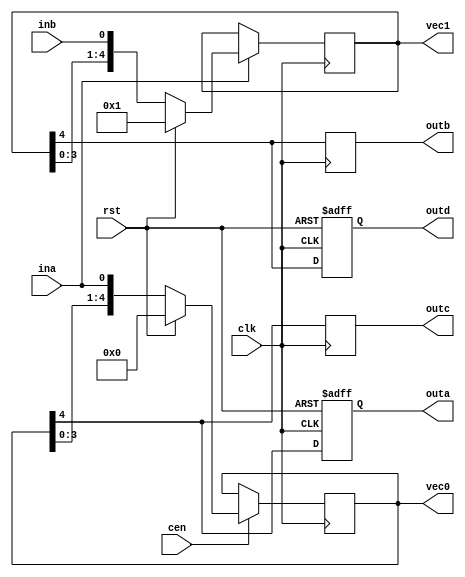
module top_774(input clk, cen, rst, ina, inb,
	   output reg outa, outb, outc, outd,
	   output [DEPTH-1:0] vec0,
	   output [DEPTH-1:0] vec1);
localparam DEPTH = 5;
reg [DEPTH-1:0] r_vec0 = 1'b0;
reg [DEPTH-1:0] r_vec1 = 1'b0;
initial outa = 1'b0;
initial outb = 1'b0;
initial outc = 1'b0;
initial outd = 1'b0;
always @(posedge clk)
    if (cen)
        if(rst)
            r_vec0 <= 1'b0;
        else
            r_vec0 <= {r_vec0[DEPTH-2:0], ina};
always @(negedge clk)
    if (ina)
        if(rst)
            r_vec1 <= 1'b1;
        else
            r_vec1 <= {r_vec1[DEPTH-2:0], inb};
always @(posedge clk or posedge rst)
    if(rst)
        outa <= 1'b0;
    else
        outa <= r_vec0[DEPTH-1];
always @(posedge clk)
    outb <= r_vec1[DEPTH-1];
always @(negedge clk)
    outc <= r_vec0[DEPTH-1];
always @(negedge clk or posedge rst)
    if (rst)
        outd <= 1'b1;
    else
        outd <= r_vec1[DEPTH-1];
assign vec0 = r_vec0;
assign vec1 = r_vec1;
endmodule